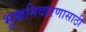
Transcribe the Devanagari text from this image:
भूकनिवारणासाठी